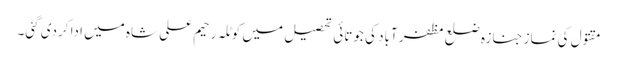
مقتول کی نماز جنازہ ضلع مظفر آباد کی جوتائی تحصیل میں کوٹلہ رحیم علی شاہ میں ادا کردی گئی۔